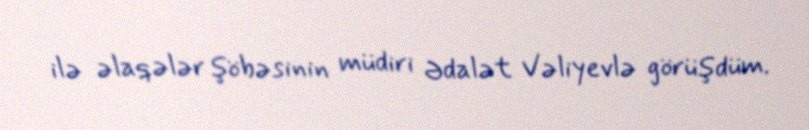
ilə əlaqələr şöbəsinin müdiri Ədalət Vəliyevlə görüşdüm.